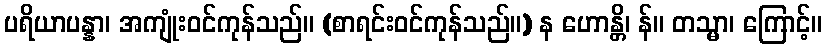
ပရိယာပန္နာ၊ အကျုံးဝင်ကုန်သည်။ (စာရင်းဝင်ကုန်သည်။) န ဟောန္တိ၊ န်။ တသ္မာ၊ ကြောင့်။